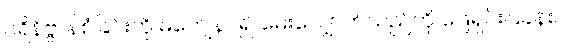
ပရိနိဗ္ဗာန်စံခြင်းကို မကျေနပ်၍ မေးလျှောက်သည်ကို ဖြေရှင်းပြခန်း။